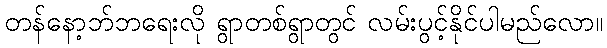
တန်နော့ဘ်ဘရေးလို ရွာတစ်ရွာတွင် လမ်းပွင့်နိုင်ပါမည်လော။